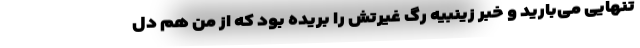
تنهایی می‌بارید و خبر زینبیه رگ غیرتش را بریده بود که از من هم دل